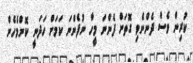
ކުރިން ވެސް ދެންނެވި ގޮތަށް ފެންނަ މީހާ ނުފެންނަ ކަމަށް ހަދަނީ ކޮންމެހެން